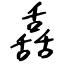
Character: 舙